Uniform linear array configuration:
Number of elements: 8
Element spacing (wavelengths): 0.25
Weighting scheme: blackman
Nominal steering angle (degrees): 15
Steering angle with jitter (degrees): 15.312
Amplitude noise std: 0.05
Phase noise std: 0.05

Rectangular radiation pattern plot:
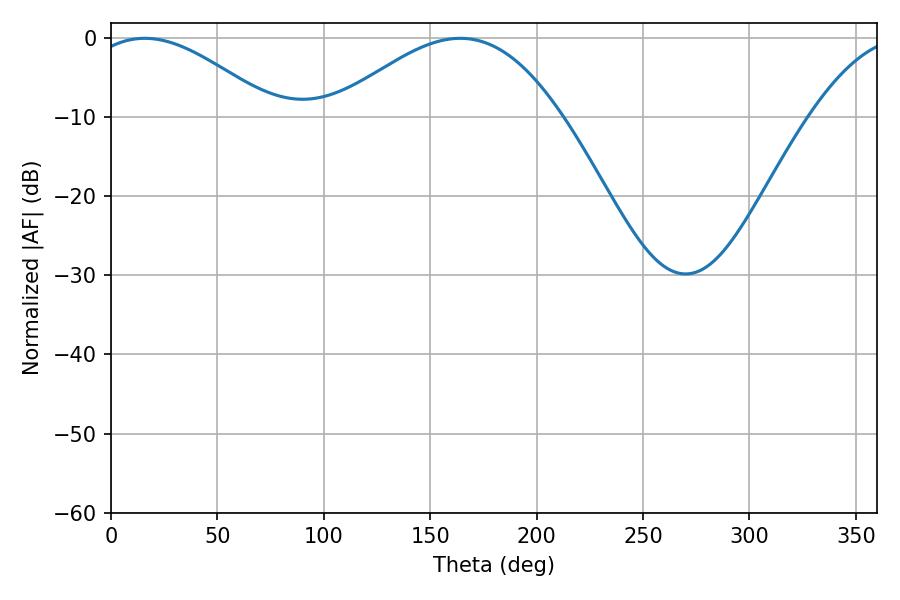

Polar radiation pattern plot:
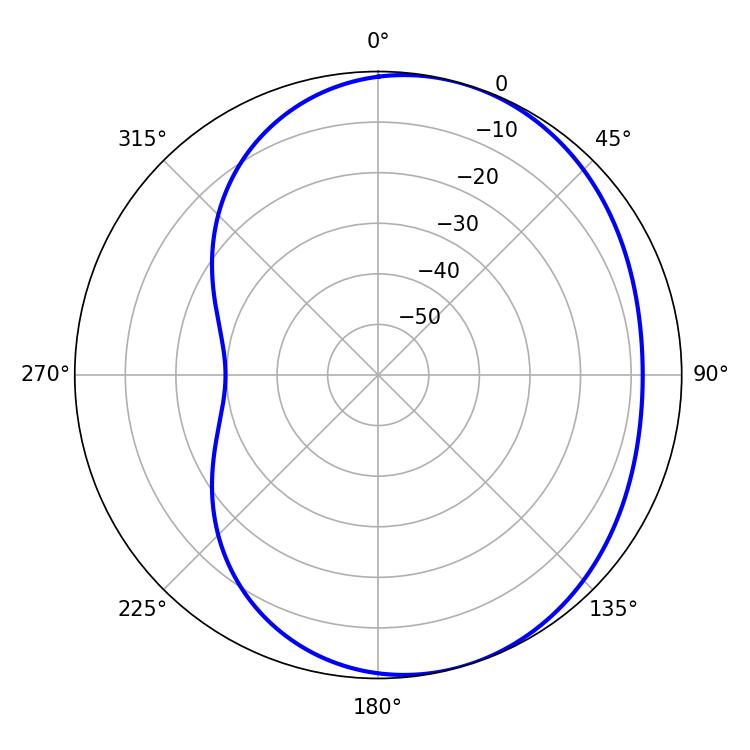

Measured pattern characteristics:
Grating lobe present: FALSE
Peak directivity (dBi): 4.266
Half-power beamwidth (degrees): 47.52
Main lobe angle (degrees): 15.84